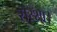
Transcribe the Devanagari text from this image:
शरशा।